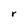
Character: r